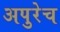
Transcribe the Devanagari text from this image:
अपुरेच